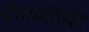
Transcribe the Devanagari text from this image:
पीएमविकी